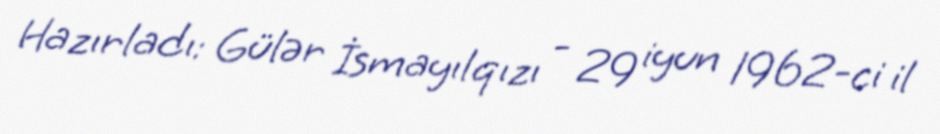
Hazırladı: Gülər İsmayılqızı - 29 iyun 1962-ci il